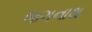
જગનાથ